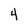
Character: 4